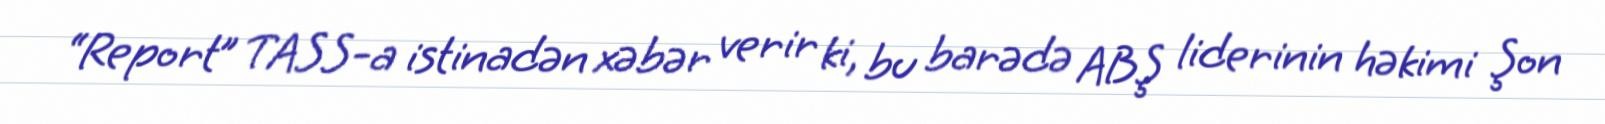
“Report” TASS-a istinadən xəbər verir ki, bu barədə ABŞ liderinin həkimi Şon